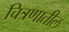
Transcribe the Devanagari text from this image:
चित्रणातील